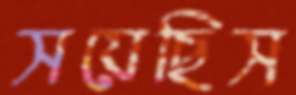
সয়েছিস